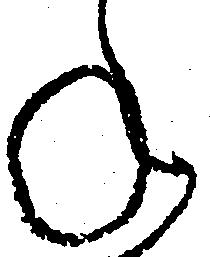
ね